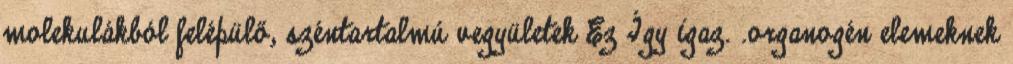
molekulákból felépülő, széntartalmú vegyületek Ez Így igaz. .organogén elemeknek